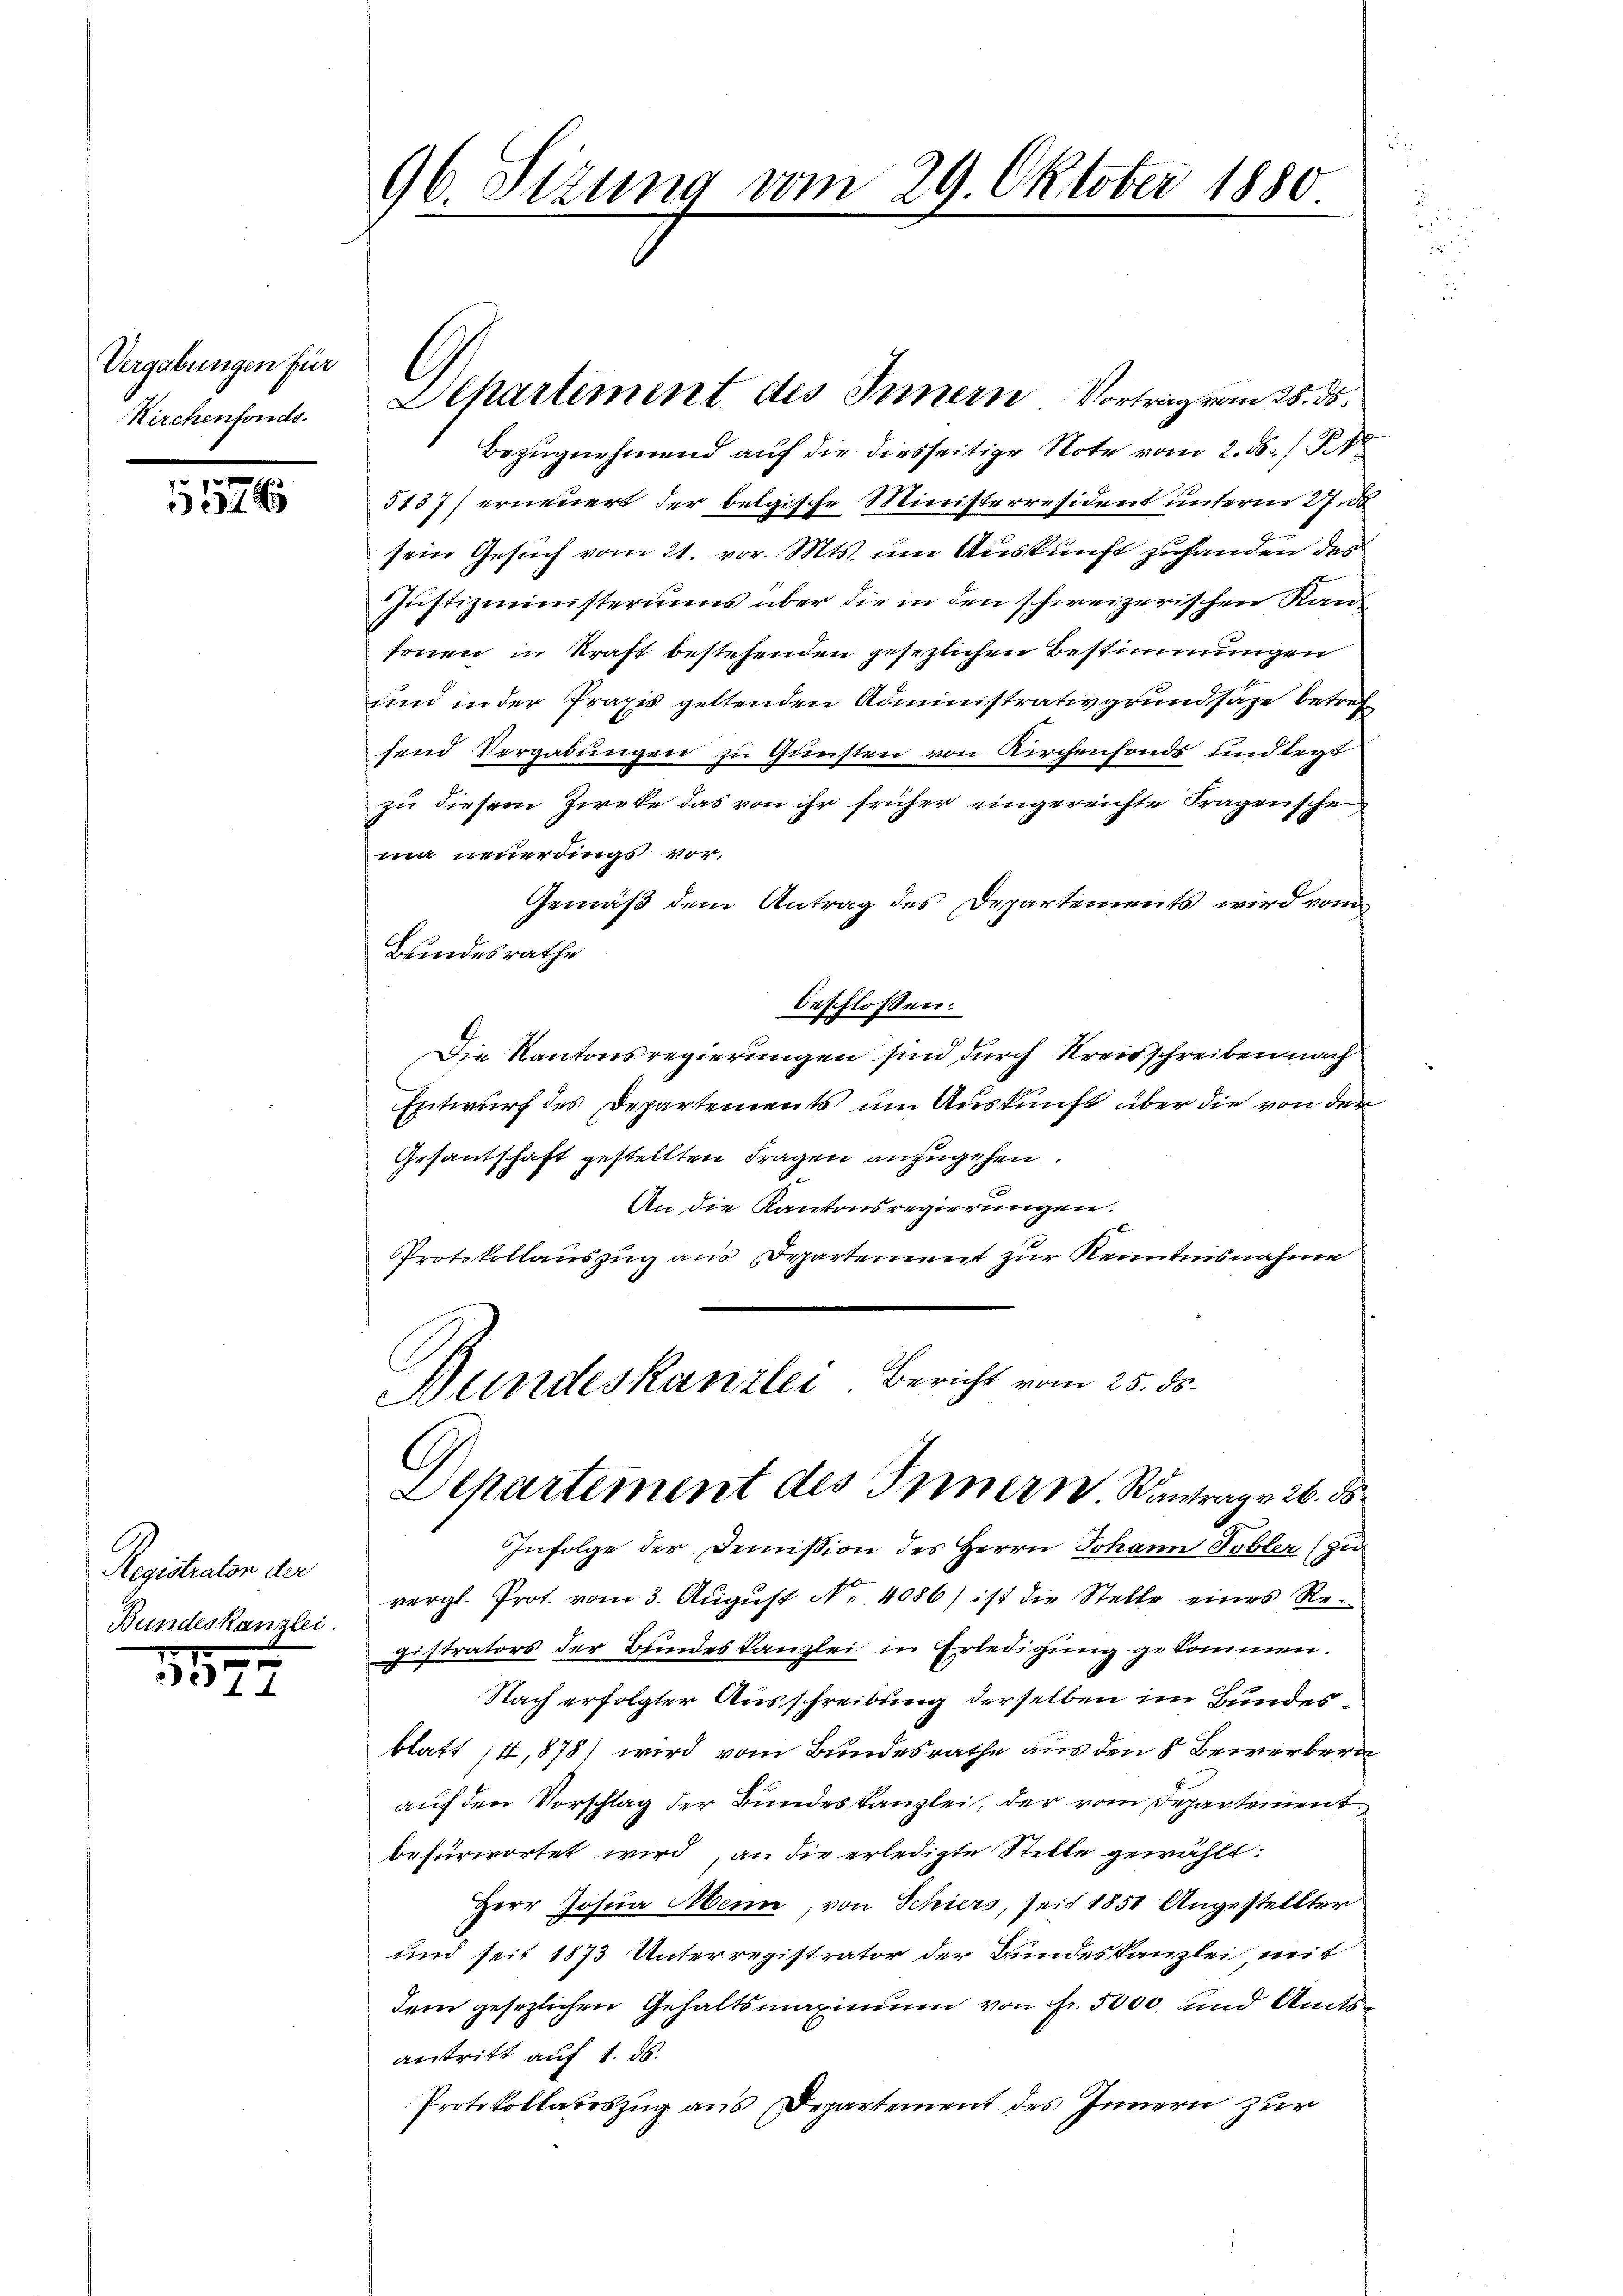
Vergabungen für
Kirchenfonds.

15745

Registraten der
Bundeskanzlei.

1895

96. Sizung vom 29. Oktober 1880.

Departement des Innern Vortrag vom 28. ds.
Bezugnehmend auf die diesseitige Note vom 2. ds. / Kt
5137) erneuert der belgische Ministerresident unterm 27. 30
sein Gesuch vom 21. vor. Mts. um Auskunft zuhanden des
Justizministeriums über die in den schweizerischen Kantonen in Kraft bestehenden gesezlichen Bestimmungen
und in der Praxis geltenden Administrativgrundsaze betref
send Vergabungen zu Gunsten von Kirchenfonds und legt
zu diesem Zirke das von ihr früher eingereichte Fragenscheima neuerdings vor.
Gemäß dem Antrag des Departements wird vom
Bundesrathe
beschlossen:
Die Kantonsregierungen sind durch Kreisschreiben nach
Entwurf des Departements um Auskunft über die von der
Gesantschaft gestellten Fragen anzugehen.
x
An die Kantonsregierungen.
Protokollauszug aus Departement zur Kenntnisnahme
Meindeskanzler Bericht vom 25. ds.
C
Departement des Innern. Kantrag 26. ds
Infolge der Demission des Herrn Johann Tobler (zu
vergl. Prot. vom 3. August No. 4086) ist die Stelle eines Registrators der Bundeskanzlei in Erledigung gekommen.
Nach erfolgter Ausschreibung derselben im Bundesblatt 4,878) wird vom Bundesrathe aus den 8 Bewerbern
auf den Vorschlag der Bundeskanzlei, der vom Departement
befürwortet wird, an die erledigte Stelle gewählt:
Herr Josua Menn, von Schiers, seit 1851 Angestellter
und seit 1873 Unterregistrator der Bundeskanzlei mit
dem gesezlichen Gehaltsmaxinium von Fr. 5000 und Amts
antritt auf 1. ds.
Protokollatoszug aus Departement des Innern zur

l